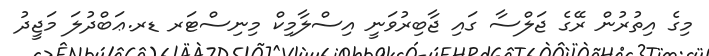
މިގެ އިތުރުން ރޭގެ ޖަލްސާ ގައި ޖާބިރުވަނީ އިސްލާމިކް މިނިސްޓަރ ޑރ.ޢަބްދުލަ މަޖީދު